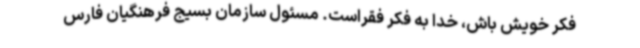
فکر خویش باش، خدا به فکر فقراست. مسئول سازمان بسیج فرهنگیان فارس